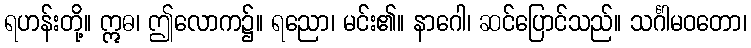
ရဟန်းတို့။ ဣဓ၊ ဤလောက၌။ ရညော၊ မင်း၏။ နာဂေါ၊ ဆင်ပြောင်သည်။ သင်္ဂါမဝတော၊